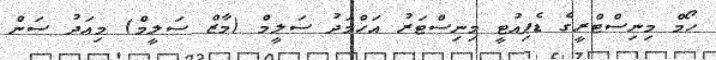
ހޯމް މިނިސްޓްރީގެ ޑެޕިއުޓީ މިނިސްޓަރު އަހްމަދު ސަލީމް (މާޒް ސަލީމް) މިއަދު ސަން